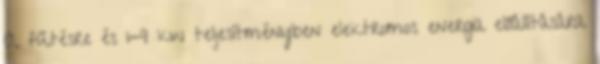
A fűtésre és 1-9 kw teljesítményben elektromos energia előállítására